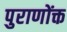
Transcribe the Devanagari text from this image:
पुराणोंक्त